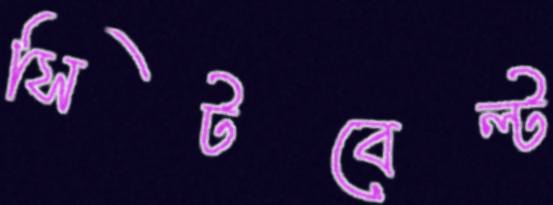
সিটবেল্ট